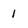
Character: 1